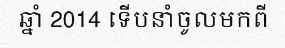
ឆ្នាំ 2014 ទើបនាំចូលមកពី